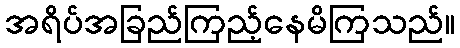
အရိပ်အခြည်ကြည့်နေမိကြသည်။